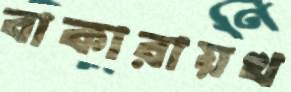
বাকারায়খ